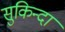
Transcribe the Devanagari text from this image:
सुकिन्दा